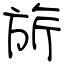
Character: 旂